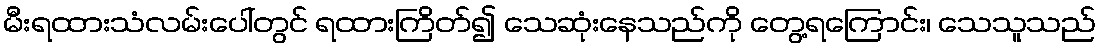
မီးရထားသံလမ်းပေါ်တွင် ရထားကြိတ်၍ သေဆုံးနေသည်ကို တွေ့ရကြောင်း၊ သေသူသည်